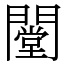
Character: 闛